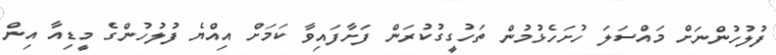
ފުލުހުންނަށް މައްސަލަ ހުށަހެޅުމުން ތަހުގީގުކުރަން ފަށާފައިވާ ކަމަށް އިއްޔެ ފުލުހުންގެ މީޑިއާ އިން